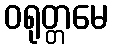
ဝရုတ္တမေ